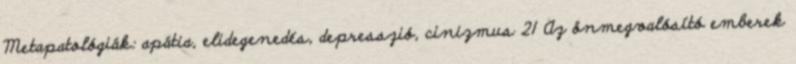
Metapatológiák: apátia, elidegenedés, depresszió, cinizmus 21 Az önmegvalósító emberek